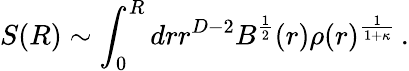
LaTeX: S(R)\sim\int_{0}^{R}drr^{D-2}B^{\frac{1}{2}}(r)\rho(r)^{\frac{1}{1+\kappa}}\, .